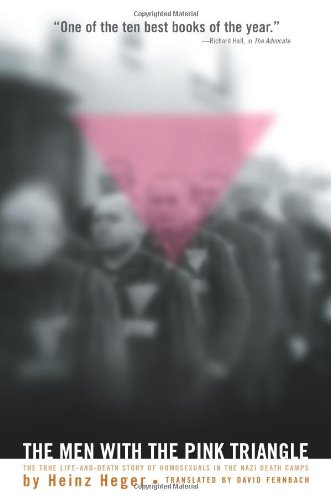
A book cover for The Men with the Pink Triangle: The True Life-and-Death Story of Homosexuals in the Nazi Death Camps; Heinz Heger; Gay & Lesbian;